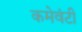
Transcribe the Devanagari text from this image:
कमेवंटी